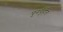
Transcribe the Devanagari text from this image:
पुनर्गृहीत